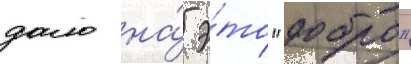
дало на́ э́то "добро"